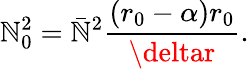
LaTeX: \mathbb{N}_{0}^{2}=\bar{{\mathbb{N}}}^{2}\frac{{(r_{0}-\alpha)r_{0}}}{{\deltar}}.